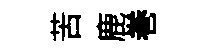
苦鹿巻